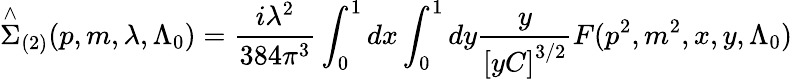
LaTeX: \stackrel{\wedge}{\Sigma}_{(2)}(p,m,\lambda,\Lambda_{0})=\frac{i\lambda^{2}}{384\pi^{3}}\int_{0}^{1}dx\int_{0}^{1}dy\frac y{\left[yC\right]^{3/2}}F(p^{2},m^{2},x,y,\Lambda_{0})